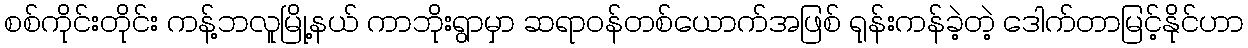
စစ်ကိုင်းတိုင်း ကန့်ဘလူမြို့နယ် ကာဘိုးရွာမှာ ဆရာဝန်တစ်ယောက်အဖြစ် ရုန်းကန်ခဲ့တဲ့ ဒေါက်တာမြင့်နိုင်ဟာ